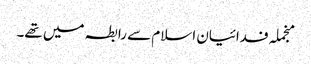
منجملہ فدائیان اسلام سے رابطہ میں تھے۔